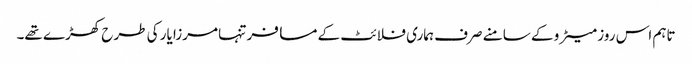
تاہم اس روز میٹرو کے سامنے صرف ہماری فلائٹ کے مسافر تنہا مرزا یار کی طرح کھڑے تھے۔